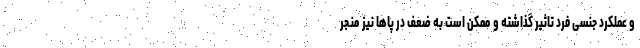
و عملکرد جنسی فرد تاثیر گذاشته و ممکن است به ضعف در پاها نیز منجر